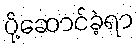
ပို့ဆောင်ခဲ့ရာ